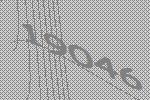
19046